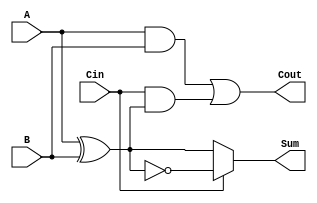
module ConditionalSumFullAdder (
    input wire A,      // First input bit
    input wire B,      // Second input bit
    input wire Cin,    // Carry-in bit
    output wire Sum,   // Resulting sum bit
    output wire Cout   // Carry-out bit
);

    // Internal signals
    wire AxorB;        // A XOR B
    wire AxorB_not;    // NOT (A XOR B)
    wire AandB;        // A AND B
    wire Cin_and_AxorB; // Cin AND (A XOR B)

    // Compute A XOR B
    assign AxorB = A ^ B;

    // Compute NOT (A XOR B)
    assign AxorB_not = ~AxorB;

    // Compute A AND B
    assign AandB = A & B;

    // Compute Cin AND (A XOR B)
    assign Cin_and_AxorB = Cin & AxorB;

    // Sum calculation based on Cin
    assign Sum = (Cin == 1'b0) ? AxorB : AxorB_not;

    // Carry-out calculation
    assign Cout = AandB | Cin_and_AxorB;

endmodule